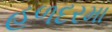
હળદરમા